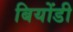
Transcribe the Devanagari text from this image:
बियोंडी